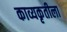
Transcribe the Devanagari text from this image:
काव्यकृतीला